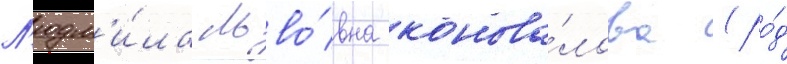
Л'юдм'и́ла льво́вна конова́лова (ро́д